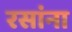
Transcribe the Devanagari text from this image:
रसांना